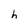
Character: h